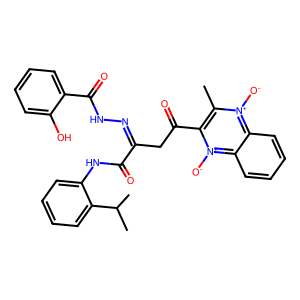
SMILES: Cc1c(C(=O)CC(=NNC(=O)c2ccccc2O)C(=O)Nc2ccccc2C(C)C)[n+]([O-])c2ccccc2[n+]1[O-]
Inhibits HIV replication: No